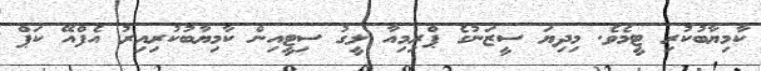
ކާމިޔާބުކުރި ޓީމެވެ. މިދިޔަ ސީޒަނުގެ ޕްރިމިއާ ލީގު ސިޓީއިން ކާމިޔާބުކުރިއިރު އެފްއޭ ކަޕް